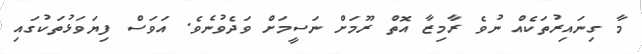
މާ ގިނައިރުތަކެއް ނުވެ ރާމިޒާ އޮތް ރޫމަށް ނަސީމަށް ވަދެވުނެވެ. އަވަސް ފިޔަވަޅުތަކުގައި